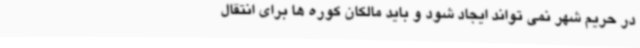
در حریم شهر نمی تواند ایجاد شود و باید مالکان کوره ها برای انتقال